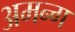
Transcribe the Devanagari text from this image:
अमन्ग